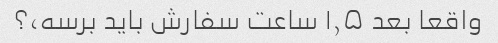
واقعا بعد ۱٫۵ ساعت سفارش باید برسه،؟